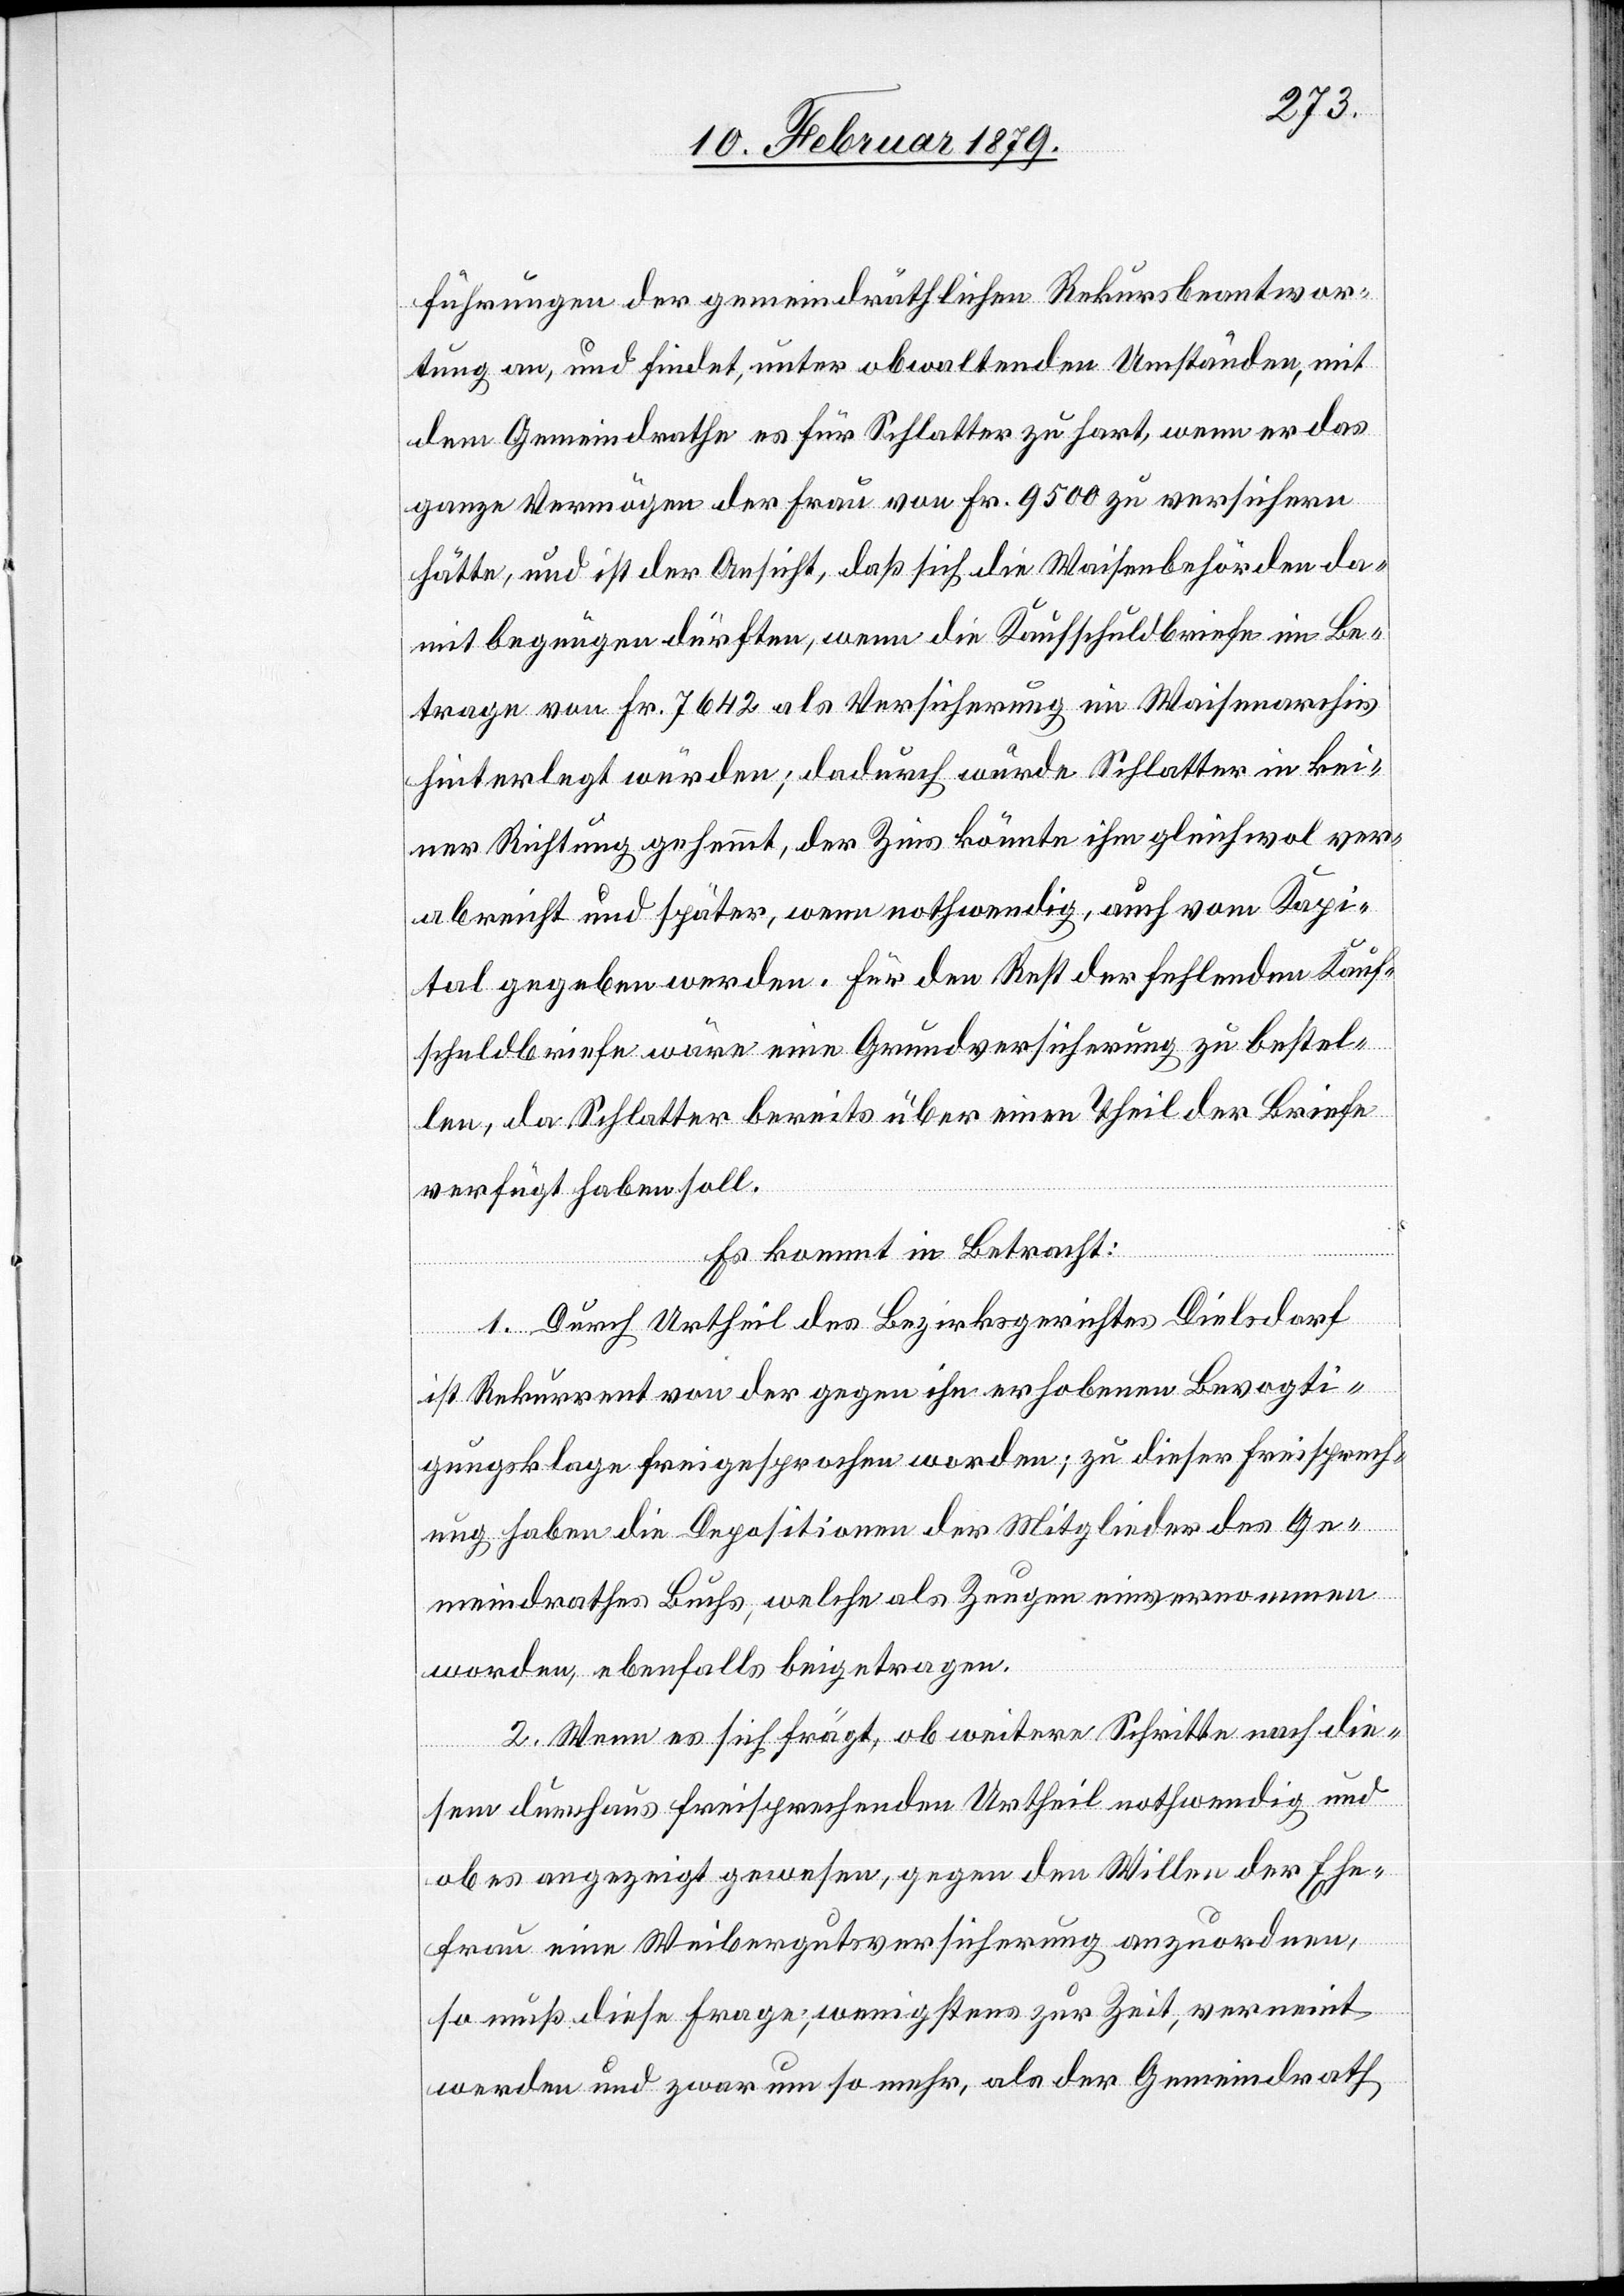
führungen der gemeindräthlichen Rekursbeantwor¬
tung an, und findet, unter obwaltenden Umständen, mit
dem Gemeindrathe es für Schlatter zu hart, wenn er das
ganze Vermögen der Frau von Fr. 9500 zu versichern
hätte, und ist der Ansicht, daß sich die Waisenbehörden da¬
mit begnügen dürften, wenn die Kaufschuldbriefe im Be¬
trage von Fr. 7642 als Versicherung im Waisenarchiv
hinterlegt würden; dadurch würde Schlatter in kei¬
ner Richtung gehemmt, der Zins könnte ihm gleichwol ver¬
abreicht und später, wenn nothwendig, auch vom Kapi¬
tal gegeben werden. Für den Rest der fehlenden Kauf¬
schuldbriefe wäre eine Grundversicherung zu bestel¬
len, da Schlatter bereits über einen Theil der Briefe
verfügt haben soll.
Es kommt in Betracht:
1. Durch Urtheil des Bezirksgerichtes Dielsdorf
ist Rekurrent von der gegen ihn erhobenen Bevogti¬
gungsklage frei gesprochen worden; zu dieser Freisprech¬
ung haben die Depositionen der Mitglieder des Ge¬
meindrathes Buchs, welche als Zeugen einvernommen
wurden, ebenfalls beigetragen.
2. Wenn es sich frägt, ob weitere Schritte nach die¬
sem durchaus freisprechenden Urtheil nothwendig und
es angezeigt gewesen, gegen den Willen der Ehe¬
frau eine Weibergutsversicherung anzuordnen,
so muß diese Frage, wenigstens zur Zeit, verneint
werden und zwar um so mehr, als der Gemeindrath